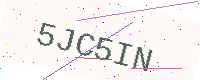
Text: 5JC5IN